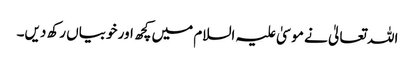
اللہ تعالیٰ نے موسیٰ علیہ السلام میں کچھ اور خوبیاں رکھ دیں۔